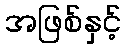
အဖြစ်နှင့်